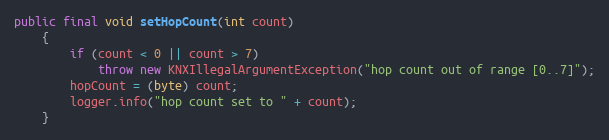
Language: Java
public final void setHopCount(int count)
	{
		if (count < 0 || count > 7)
			throw new KNXIllegalArgumentException("hop count out of range [0..7]");
		hopCount = (byte) count;
		logger.info("hop count set to " + count);
	}